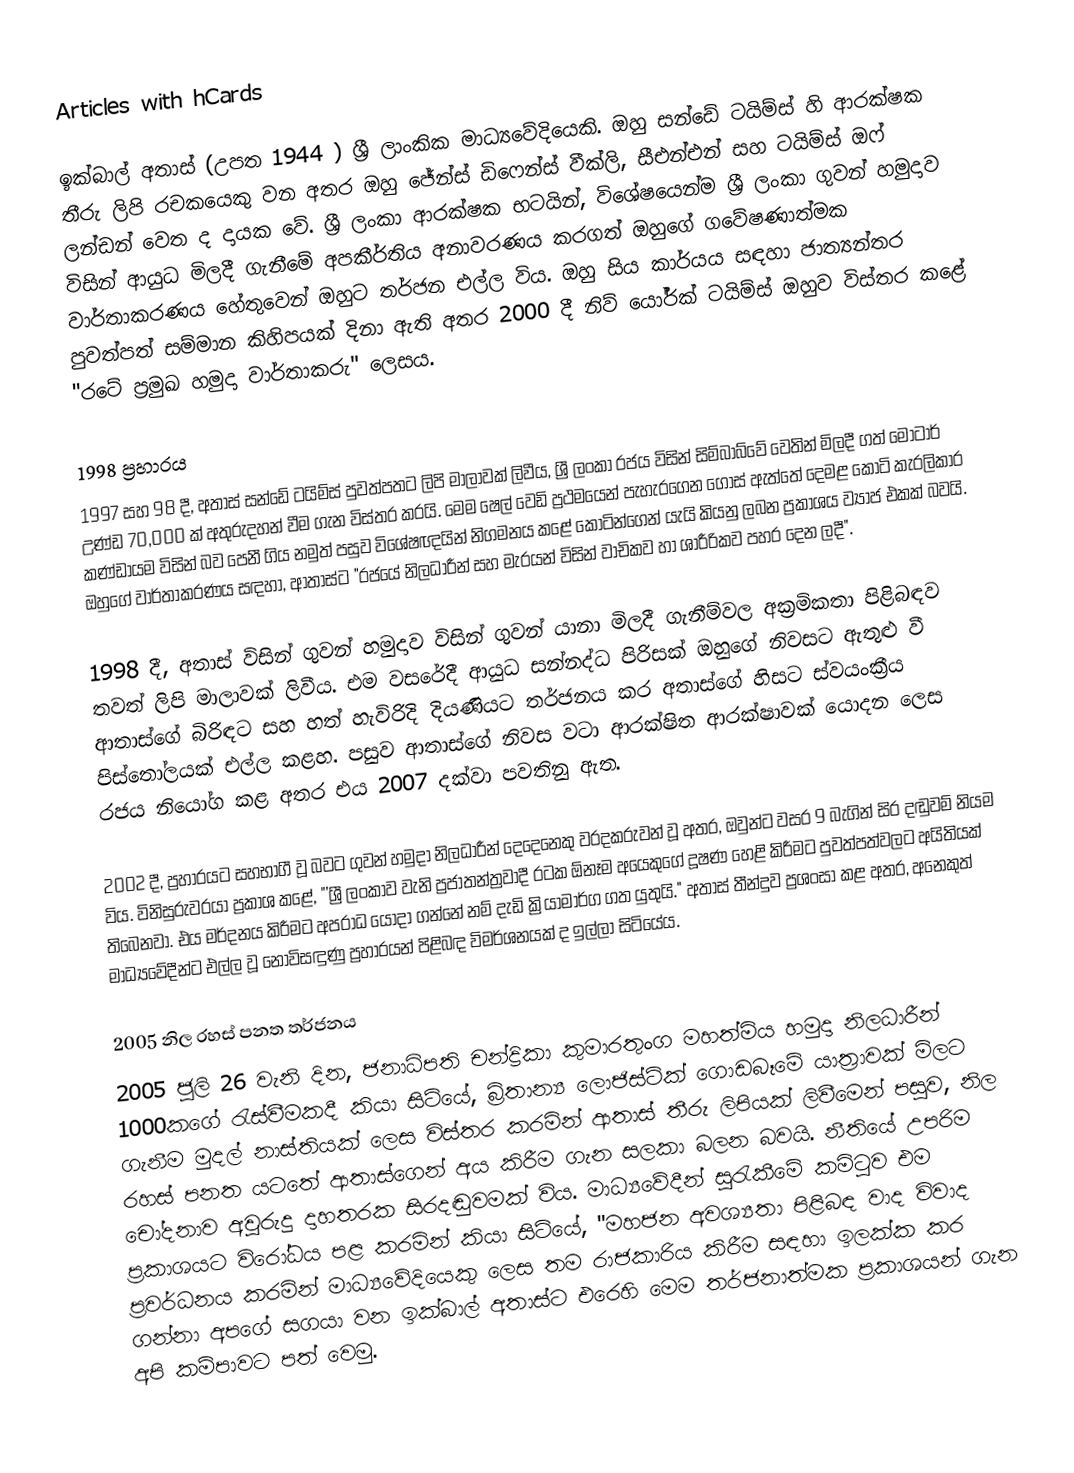
Articles with hCards

ඉක්බාල් අතාස් (උපත 1944  ) ශ්‍රී ලාංකික මාධ්‍යවේදියෙකි. ඔහු සන්ඩේ ටයිම්ස් හි ආරක්ෂක තීරු ලිපි රචකයෙකු වන අතර ඔහු ජේන්ස් ඩිෆෙන්ස් වීක්ලි, සීඑන්එන් සහ ටයිම්ස් ඔෆ් ලන්ඩන් වෙත ද දායක වේ.  ශ්‍රී ලංකා ආරක්ෂක භටයින්, විශේෂයෙන්ම ශ්‍රී ලංකා ගුවන් හමුදාව විසින් ආයුධ මිලදී ගැනීමේ අපකීර්තිය අනාවරණය කරගත් ඔහුගේ ගවේෂණාත්මක වාර්තාකරණය හේතුවෙන් ඔහුට තර්ජන එල්ල විය.   ඔහු සිය කාර්යය සඳහා ජාත්‍යන්තර පුවත්පත් සම්මාන කිහිපයක් දිනා ඇති අතර 2000 දී නිව් යෝර්ක් ටයිම්ස් ඔහුව විස්තර කළේ "රටේ ප්‍රමුඛ හමුදා වාර්තාකරු" ලෙසය.

1998 ප්‍රහාරය
1997 සහ 98 දී, අතාස් සන්ඩේ ටයිම්ස් පුවත්පතට ලිපි මාලාවක් ලිවීය, ශ්‍රී ලංකා රජය විසින් සිම්බාබ්වේ වෙතින් මිලදී ගත් මෝටාර් උණ්ඩ 70,000 ක් අතුරුදහන් වීම ගැන විස්තර කරයි. මෙම ෂෙල් වෙඩි ප්‍රථමයෙන් පැහැරගෙන ගොස් ඇත්තේ දෙමළ කොටි කැරලිකාර කණ්ඩායම විසින් බව පෙනී ගිය නමුත් පසුව විශේෂඥයින් නිගමනය කළේ කොටින්ගෙන් යැයි කියනු ලබන ප්‍රකාශය ව්‍යාජ එකක් බවයි. ඔහුගේ වාර්තාකරණය සඳහා, ආතාස්ට "රජයේ නිලධාරීන් සහ මැරයන් විසින් වාචිකව හා ශාරීරිකව පහර දෙන ලදී".

1998 දී, අතාස් විසින් ගුවන් හමුදාව විසින් ගුවන් යානා මිලදී ගැනීම්වල අක්‍රමිකතා පිළිබඳව තවත් ලිපි මාලාවක් ලිවීය. එම වසරේදී ආයුධ සන්නද්ධ පිරිසක් ඔහුගේ නිවසට ඇතුළු වී ආතාස්ගේ බිරිඳට සහ හත් හැවිරිදි දියණියට තර්ජනය කර අතාස්ගේ හිසට ස්වයංක්‍රීය පිස්තෝලයක් එල්ල කළහ.   පසුව ආතාස්ගේ නිවස වටා ආරක්ෂිත ආරක්ෂාවක් යොදන ලෙස රජය නියෝග කළ අතර එය 2007 දක්වා පවතිනු ඇත.

2002 දී, ප්‍රහාරයට සහභාගී වූ බවට ගුවන් හමුදා නිලධාරීන් දෙදෙනෙකු වරදකරුවන් වූ අතර, ඔවුන්ට වසර 9 බැගින් සිර දඬුවම් නියම විය. විනිසුරුවරයා ප්‍රකාශ කළේ, "'ශ්‍රී ලංකාව වැනි ප්‍රජාතන්ත්‍රවාදී රටක ඕනෑම අයෙකුගේ දූෂණ හෙළි කිරීමට පුවත්පත්වලට අයිතියක් තිබෙනවා. එය මර්දනය කිරීමට අපරාධ යොදා ගන්නේ නම් දැඩි ක්‍රියාමාර්ග ගත යුතුයි."  අතාස් තීන්දුව ප්‍රශංසා කළ අතර, අනෙකුත් මාධ්‍යවේදීන්ට එල්ල වූ නොවිසඳුණු ප්‍රහාරයන් පිළිබඳ විමර්ශනයක් ද ඉල්ලා සිටියේය.

2005 නිල රහස් පනත තර්ජනය
2005 ජූලි 26 වැනි දින, ජනාධිපති චන්ද්‍රිකා කුමාරතුංග මහත්මිය හමුදා නිලධාරීන් 1000කගේ රැස්වීමකදී කියා සිටියේ, බ්‍රිතාන්‍ය ලොජිස්ටික් ගොඩබෑමේ යාත්‍රාවක් මිලට ගැනීම මුදල් නාස්තියක් ලෙස විස්තර කරමින් ආතාස් තීරු ලිපියක් ලිවීමෙන් පසුව, නිල රහස් පනත යටතේ ආතාස්ගෙන් අය කිරීම ගැන සලකා බලන බවයි. නීතියේ උපරිම චෝදනාව අවුරුදු දාහතරක සිරදඬුවමක් විය. මාධ්‍යවේදීන් සුරැකීමේ කමිටුව එම ප්‍රකාශයට විරෝධය පළ කරමින් කියා සිටියේ, "මහජන අවශ්‍යතා පිළිබඳ වාද විවාද ප්‍රවර්ධනය කරමින් මාධ්‍යවේදියෙකු ලෙස තම රාජකාරිය කිරීම සඳහා ඉලක්ක කර ගන්නා අපගේ සගයා වන ඉක්බාල් අතාස්ට එරෙහි මෙම තර්ජනාත්මක ප්‍රකාශයන් ගැන අපි කම්පාවට පත් වෙමු.